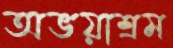
অভয়াশ্রম